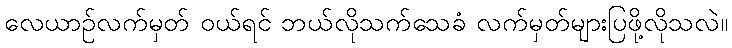
လေယာဉ်လက်မှတ် ဝယ်ရင် ဘယ်လိုသက်သေခံ လက်မှတ်များပြဖို့လိုသလဲ။